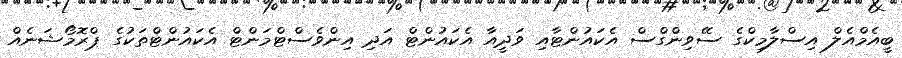
ބީއެމްއެލް އިސްލާމިކްގެ ސޭވިންގްސް އެކައުންޓާއި ވަދީއާ އެކައުންޓް އަދި އިންވެސްޓްމަންޓް އެކައުންޓްތަކުގެ ޕްރޮމޯޝަނެއް